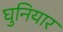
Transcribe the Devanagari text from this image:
घुनियार